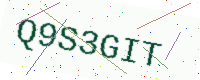
Text: Q9S3GIT